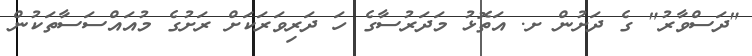
"ދަސްވާރު" ގެ ދަށުން ށ. އަތޮޅު މަދަރުސާގެ ހަ ދަރިވަރަކަށް ރަށުގެ މުއައްސަސާތަކުން